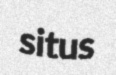
situs